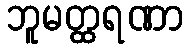
ဘူမတ္ထရဏာ